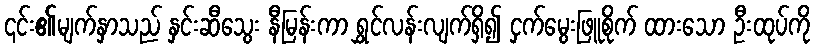
၎င်း၏မျက်နှာသည် နှင်းဆီသွေး နီမြန်းကာ ရွှင်လန်းလျက်ရှိ၍ ငှက်မွေးဖြူစိုက် ထားသော ဦးထုပ်ကို